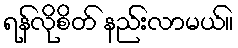
ရန်လိုစိတ် နည်းလာမယ်။